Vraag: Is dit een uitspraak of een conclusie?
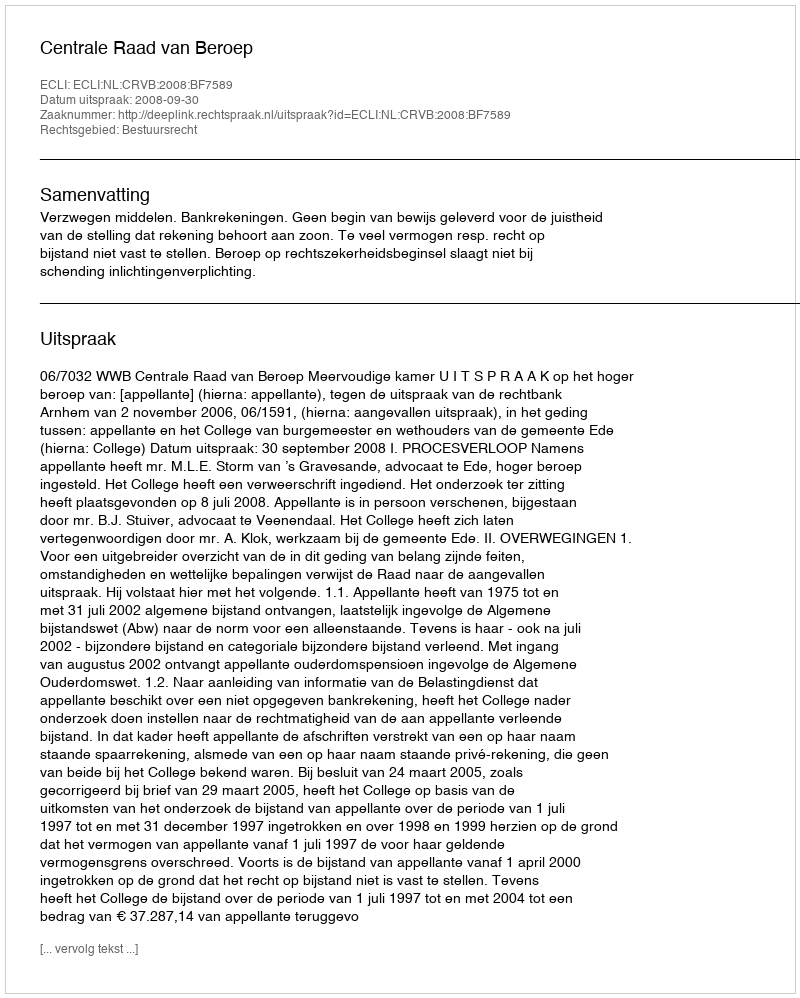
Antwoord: Uitspraak